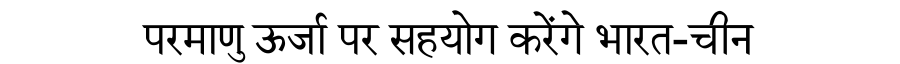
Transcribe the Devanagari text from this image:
परमाणु ऊर्जा पर सहयोग करेंगे भारत-चीन